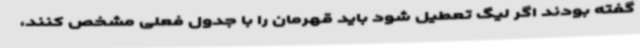
گفته بودند اگر لیگ تعطیل شود باید قهرمان را با جدول فعلی مشخص کنند،